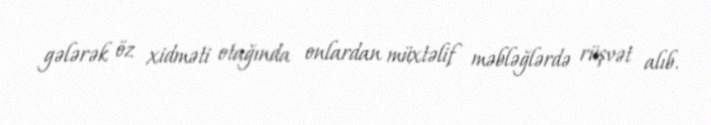
gələrək öz xidməti otağında onlardan müxtəlif məbləğlərdə rüşvət alıb.